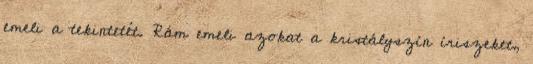
emeli a tekintetét. Rám emeli azokat a kristályszín íriszeket,